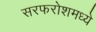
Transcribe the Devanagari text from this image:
सरफरोशमध्ये